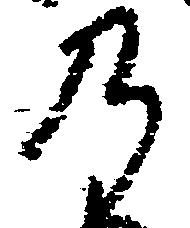
乃